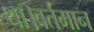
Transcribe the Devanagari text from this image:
था।वर्तमान